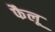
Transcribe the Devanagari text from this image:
फैलू